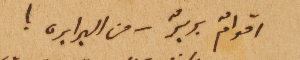
اقوامٌ بربرٌ من البرابره !